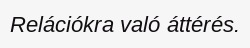
Relációkra való áttérés.